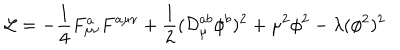
{ \cal L } = - \frac { 1 } { 4 } F _ { \mu \nu } ^ { a } F ^ { a \mu \nu } + \frac { 1 } { 2 } ( { \cal D } _ { \mu } ^ { a b } \phi ^ { b } ) ^ { 2 } + \mu ^ { 2 } \phi ^ { 2 } - \lambda ( \phi ^ { 2 } ) ^ { 2 }